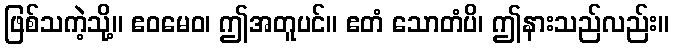
ဖြစ်သကဲ့သို့။ ဧဝမေဝ၊ ဤအတူပင်။ ဧတံ သောတံပိ၊ ဤနားသည်လည်း။